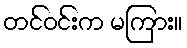
တင်ဝင်းက မကြား။